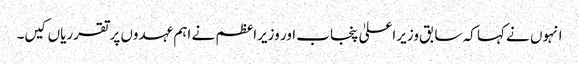
انہوں نے کہا کہ سابق وزیراعلیٰ پنجاب اور وزیراعظم نے اہم عہدوں پرتقرریاں کیں۔